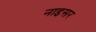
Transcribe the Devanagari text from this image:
नाइसर